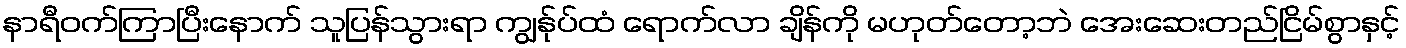
နာရီဝက်ကြာပြီးနောက် သူပြန်သွားရာ ကျွန်ုပ်ထံ ရောက်လာ ချိန်ကို မဟုတ်တော့ဘဲ အေးဆေးတည်ငြိမ်စွာနှင့်